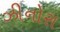
ઝીનોરા